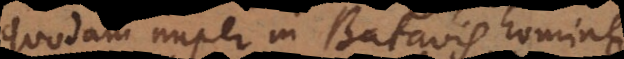
quodam nuper in Batavis homine